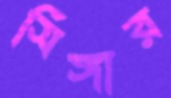
সিঙ্গার